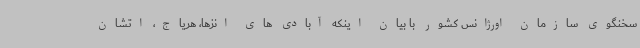
سخنگوی سازمان اورژانس کشور با بیان اینکه آبادی های انزها، هریاج، اتشان